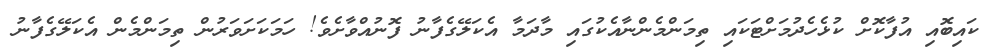
ކައިބޮއި އުފާކޮށް ކުޅެހެދުމަށްޓަކައި ތިމަންމެންނާއެކުގައި މާދަމާ އެކަލޭގެފާނު ފޮނުއްވާށެވެ! ހަމަކަށަވަރުން ތިމަންމެން އެކަލޭގެފާނު